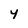
Character: Y